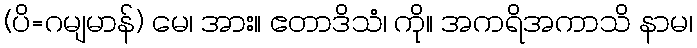
(ပိ=ဂမျမာန်) မေ၊ အား။ ဧတာဒိသံ၊ ကို။ အကရိအကာသိ နာမ၊